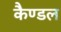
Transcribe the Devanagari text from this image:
कैण्डल